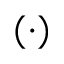
( \cdot )